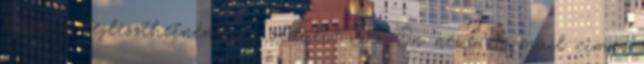
hogyan fejleszthetnénk az oldalt? Az Ön neve: E-mail címe: